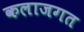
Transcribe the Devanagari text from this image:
कलाजगत